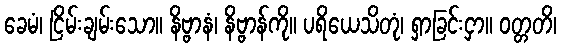
ခေမံ၊ ငြိမ်းချမ်းသော။ နိဗ္ဗာနံ၊ နိဗ္ဗာန်ကို။ ပရိယေသိတုံ၊ ရှာခြင်းငှာ။ ဝတ္တတိ၊